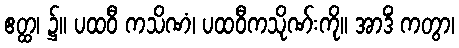
ဧတ္ထ၊ ၌။ ပထဝီ ကသိဏံ၊ ပထဝီကသိုဏ်းကို။ အာဒိံ ကတွာ၊